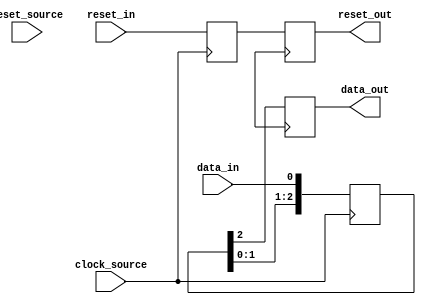
module synchronizer (
    input wire clock_source,
    input wire reset_source,
    input wire data_in,
    input wire reset_in,
    
    output reg data_out,
    output reg reset_out
);

reg [2:0] data_sync;
reg reset_sync;

always @(posedge clock_source) begin
    data_sync <= {data_sync[1:0], data_in};
    reset_sync <= reset_in;
end

always @(posedge clock_destination) begin
    data_out <= data_sync[2];
    reset_out <= reset_sync;
end

endmodule